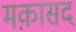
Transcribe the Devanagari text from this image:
मक़ासद